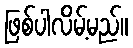
ဖြစ်ပါလိမ့်မည်။